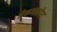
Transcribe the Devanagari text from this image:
नेरूनकोट